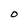
Character: O